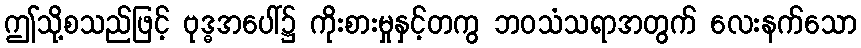
ဤသို့စသည်ဖြင့် ဗုဒ္ဓအပေါ်၌ ကိုးစားမှုနှင့်တကွ ဘဝသံသရာအတွက် လေးနက်သော